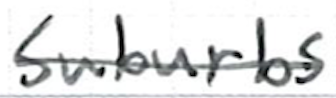
Text: suburbs
Cross-out: single-line
Writing tool: ballpoint